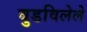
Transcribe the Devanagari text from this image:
बुडविलेले